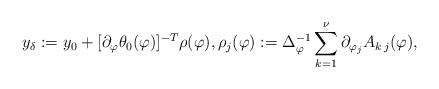
LaTeX: \begin{align*}y_{\delta}:=y_0+[\partial_{\varphi}\theta_0(\varphi)]^{-T}\rho(\varphi), \rho_j(\varphi):=\Delta^{-1}_{\varphi} \sum_{k=1}^{\nu} \partial_{\varphi_j} A_{k\,j}(\varphi),\end{align*}